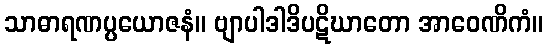
သာဓာရဏပ္ပယောဇနံ။ ဗျာပါဒါဒိပဋိဃာတော အာဝေဏိကံ။